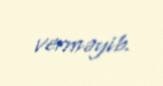
verməyib.